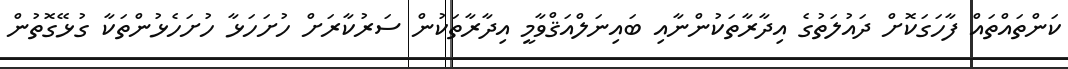
ކަންތައްތައް ފާހަގަކޮށް ދައުލަތުގެ އިދާރާތަކުންނާއި ބައިނަލްއަޤްވާމީ އިދާރާތަކުން ސަރުކާރަށް ހުށަހަޅާ ހުށަހެޅުންތަކާ ގުޅޭގޮތުން